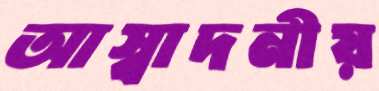
আস্বাদনীয়